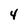
Character: 4